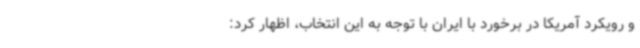
و رویکرد آمریکا در برخورد با ایران با توجه به این انتخاب، اظهار کرد: